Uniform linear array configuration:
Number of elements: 16
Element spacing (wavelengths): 0.5
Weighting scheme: hamming
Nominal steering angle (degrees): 0
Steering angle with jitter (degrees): -0.1987
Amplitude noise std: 0.05
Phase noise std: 0.05

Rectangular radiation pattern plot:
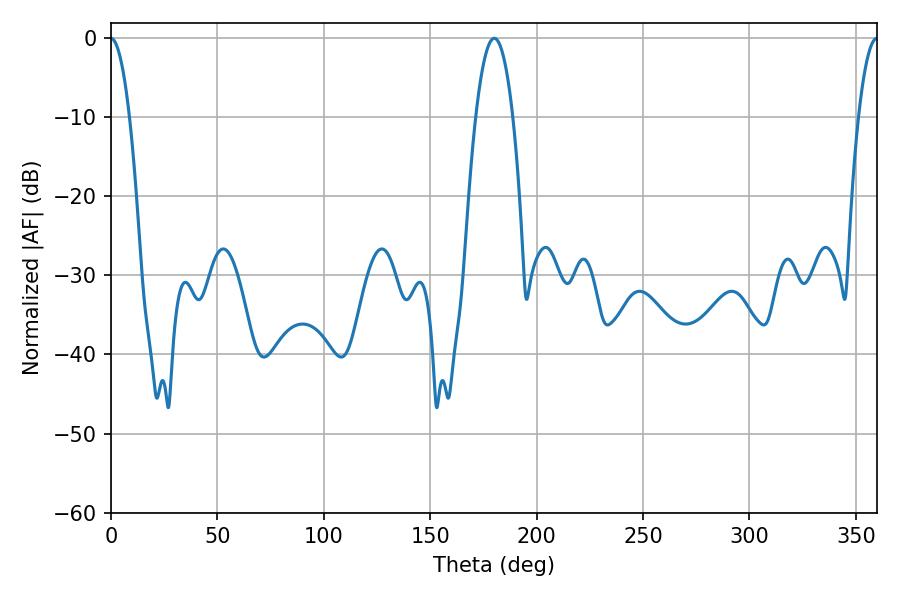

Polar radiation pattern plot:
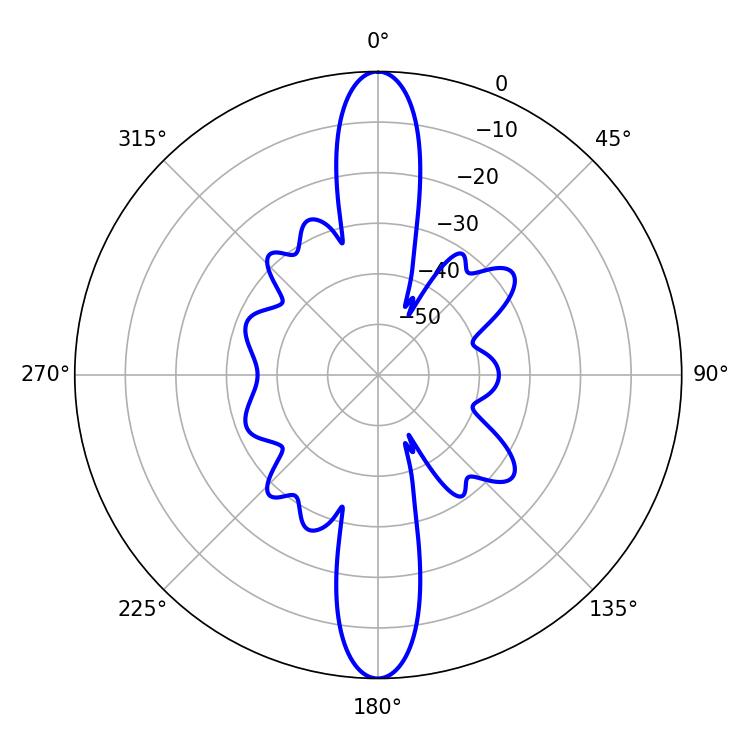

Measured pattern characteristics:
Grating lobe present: FALSE
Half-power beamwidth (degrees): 9.54
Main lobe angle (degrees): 180.18